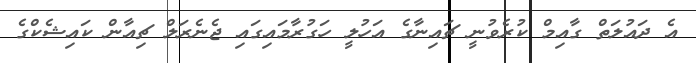
އެ ދައުލަތް ގާއިމް ކުރެވުނީ ޗައިނާގެ އަހުލީ ހަގުރާމައިގައި ޖެނެރަލް ޗިއާން ކައިޝެކްގެ